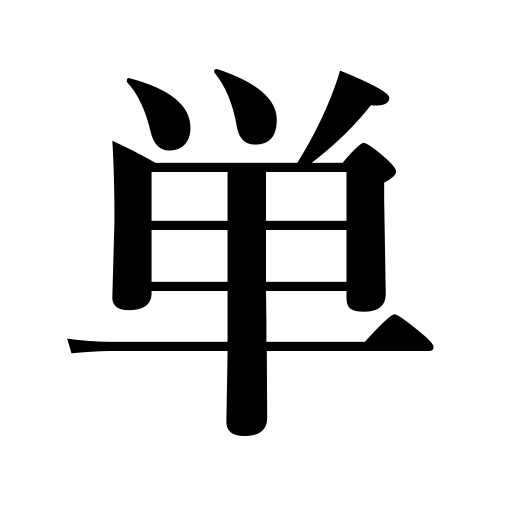
Meanings: individual,single,one,singular,simple